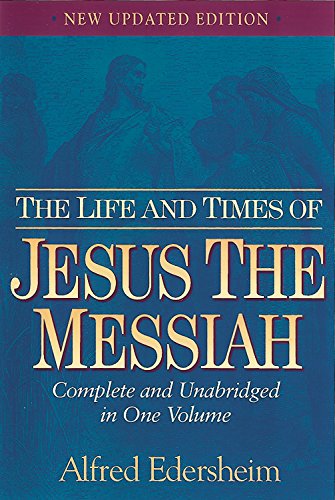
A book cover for The Life and Times of Jesus the Messiah: New Updated Edition; Alfred Edersheim; History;